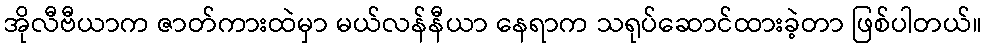
အိုလီဗီယာက ဇာတ်ကားထဲမှာ မယ်လန်နီယာ နေရာက သရုပ်ဆောင်ထားခဲ့တာ ဖြစ်ပါတယ်။